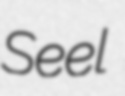
Seel